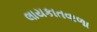
લાયકાતવાળા